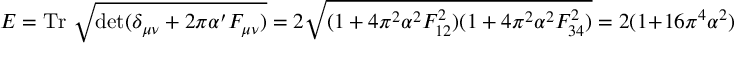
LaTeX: E = \mathrm { T r } \; \sqrt { \operatorname * { d e t } ( \delta _ { \mu \nu } + 2 \pi \alpha ^ { \prime } F _ { \mu \nu } ) } = 2 \sqrt { ( 1 + 4 \pi ^ { 2 } \alpha ^ { 2 } F _ { 1 2 } ^ { 2 } ) ( 1 + 4 \pi ^ { 2 } \alpha ^ { 2 } F _ { 3 4 } ^ { 2 } ) } = 2 ( 1 + 1 6 \pi ^ { 4 } \alpha ^ { 2 } )